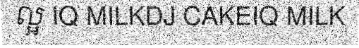
ល្អ IQ MILKDJ CAKEIQ MILK